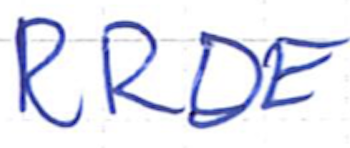
Text: RRDE
Cross-out: clean
Writing tool: ballpoint